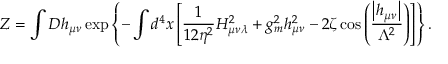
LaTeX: { \cal Z } = \int D h _ { \mu \nu } \exp \left\{ - \int d ^ { 4 } x \left[ \frac { 1 } { 1 2 \eta ^ { 2 } } H _ { \mu \nu \lambda } ^ { 2 } + g _ { m } ^ { 2 } h _ { \mu \nu } ^ { 2 } - 2 \zeta \cos \left( \frac { \left| h _ { \mu \nu } \right| } { \Lambda ^ { 2 } } \right) \right] \right\} .